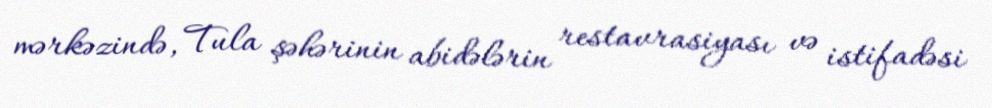
mərkəzində, Tula şəhərinin abidələrin restavrasiyası və istifadəsi